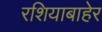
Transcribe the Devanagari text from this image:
रशियाबाहेर